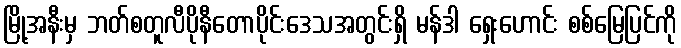
မြို့အနီးမှ ဘတ်စတူလီပိုနီတောပိုင်းဒေသအတွင်းရှိ မန်ဒါ ရှေးဟောင်း စစ်မြေပြင်ကို